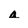
Character: a